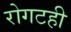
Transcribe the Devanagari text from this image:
रोगटही